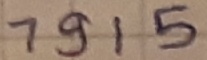
Text: 7915